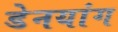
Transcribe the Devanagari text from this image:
डेनयांग